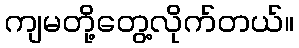
ကျမတို့တွေ့လိုက်တယ်။